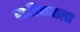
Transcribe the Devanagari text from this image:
याज्ञिकातला